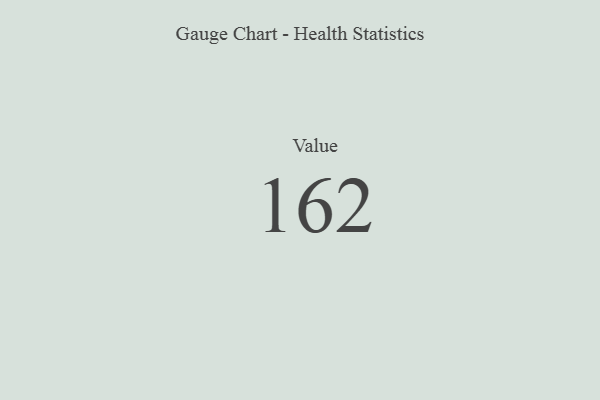
{"axis": {"x": "Metric", "y": "Value"}, "legend": [""], "data": [{"x": "Value", "y": 162, "type": ""}]}